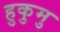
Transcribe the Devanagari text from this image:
हुकुमु